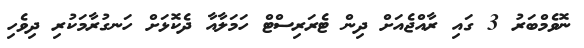
ނޮވެމްބަރު 3 ގައި ރާއްޖެއަށް ދިން ޓެރަރިސްޓް ހަމަލާއާ ދެކޮޅަށް ހަނގުރާމަކުރި ދިވެހި